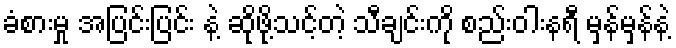
ခံစားမှု အပြင်းပြင်း နဲ့ ဆိုဖို့သင့်တဲ့ သီချင်းကို စည်းဝါးနရီ မှန်မှန်နဲ့